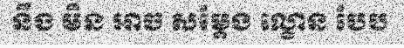
នឹង មិន អាច សម្តែង ល្ខោន បែប